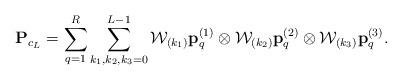
LaTeX: \begin{align*} {\bf P}_{c_L}= \sum\limits_{q=1}^{R}\sum\limits_{k_1,k_2,k_3=0}^{L-1}{\cal W}_{ ({k_1})} {\bf p}^{(1)}_{q} \otimes {\cal W}_{ ({k_2})} {\bf p}^{(2)}_{q} \otimes {\cal W}_{ ({k_3})} {\bf p}^{(3)}_{q}.\end{align*}